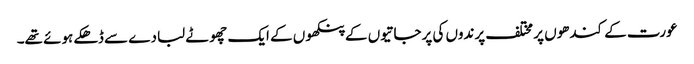
عورت کے کندھوں پر مختلف پرندوں کی پرجاتیوں کے پنکھوں کے ایک چھوٹے لبادے سے ڈھکے ہوئے تھے۔